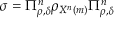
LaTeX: \sigma = \Pi _ { \rho , \delta } ^ { n } \rho _ { X ^ { n } \left( m \right) } \Pi _ { \rho , \delta } ^ { n }